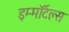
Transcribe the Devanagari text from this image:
इम्मॉर्टल्स